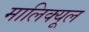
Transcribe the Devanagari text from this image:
मालिक्यूल